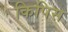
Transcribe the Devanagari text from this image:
किपिस